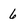
Character: 6